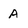
Character: A